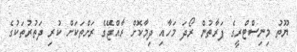
ޔޫތު މިނިސްޓްރީގެ ފަރާތުން ރޯދަ މަހާއި ދިމާކޮށް ރާއްޖޭގެ ރަށްތަކަށް ކުރި ދަތުރުތަކުގެ